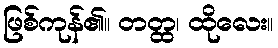
ဖြစ်ကုန်၏။ တတ္ထ၊ ထိုလေး။